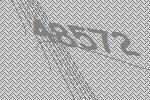
48572